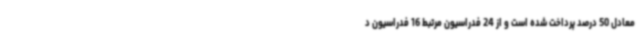
معادل 50 درصد پرداخت شده است و از 24 فدراسیون مرتبط 16 فدراسیون د